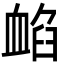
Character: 䘓